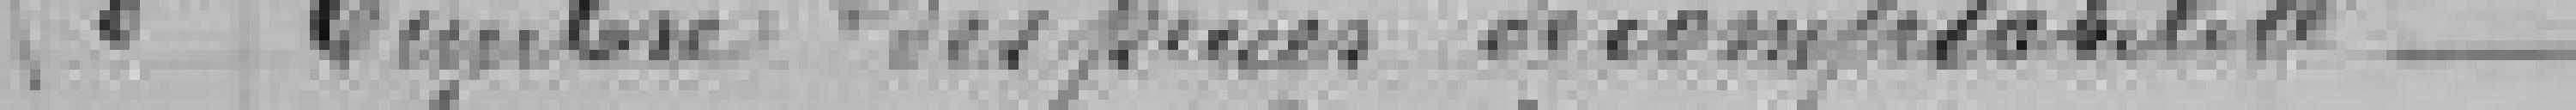
8 Timbre des pièces de comptabilité